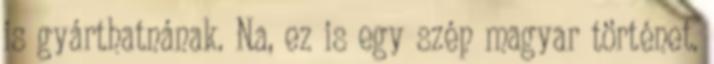
is gyárthatnának. Na, ez is egy szép magyar történet.